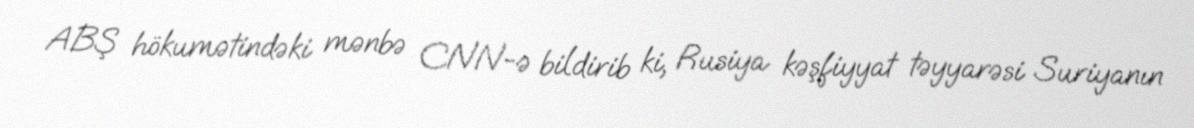
ABŞ hökumətindəki mənbə CNN-ə bildirib ki, Rusiya kəşfiyyat təyyarəsi Suriyanın